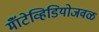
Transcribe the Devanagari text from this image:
मॉँटेव्हिडियोजवळ